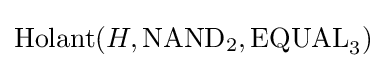
{\text{Holant}}(H,{\text{NAND}}_{2},{\text{EQUAL}}_{3})